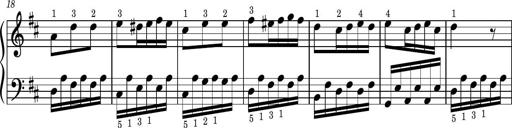
Title: Easy Progressive Lessons and 4 Sonatinas
Composer: Thomas Attwood